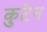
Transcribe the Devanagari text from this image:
कुटेन